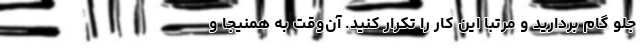
جلو گام بردارید و مرتباً این کار را تکرار کنید. آن‌وقت به همنیجا و